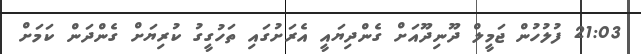
21:03 ފުލުހުން ޖަމީލް ދޫނިދޫއަށް ގެންދިޔައީ އެރަށުގައި ތަހުގީގު ކުރިޔަށް ގެންދަން ކަމަށް